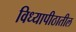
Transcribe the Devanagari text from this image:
विध्यापीठातील